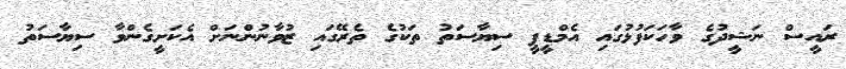
ރައީސް ނަޝީދުގެ ވާހަކަފުޅުގައި އެމްޑީޕީ ސިޔާސަތު ތަކުގެ ތެރޭގައި ޒުވާނުންނަށް އެކަށީގެންވާ ސިޔާސަތު